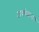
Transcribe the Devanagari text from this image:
अवधेशनाथ